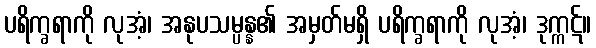
ပရိက္ခရာကို လုအံ့၊ အနုပသမ္ပန္န၏ အမှတ်မရှိ ပရိက္ခရာကို လုအံ့၊ ဒုက္ကဋ်။